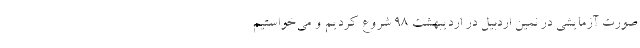
صورت آزمایشی در نمین اردبیل در اردیبهشت 98 شروع کردیم و می‌‌خواستیم